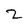
Character: Z